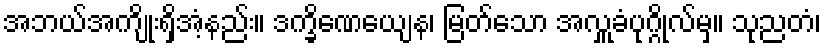
အဘယ်အကျိုးရှိအံ့နည်း။ ဒက္ခိဏေယျေန၊ မြတ်သော အလှူခံပုဂ္ဂိုလ်မှ။ သုညတံ၊